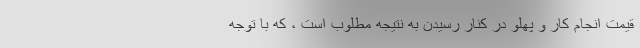
قیمت انجام کار و پهلو در کنار رسیدن به نتیجه مطلوب است ، که با توجه